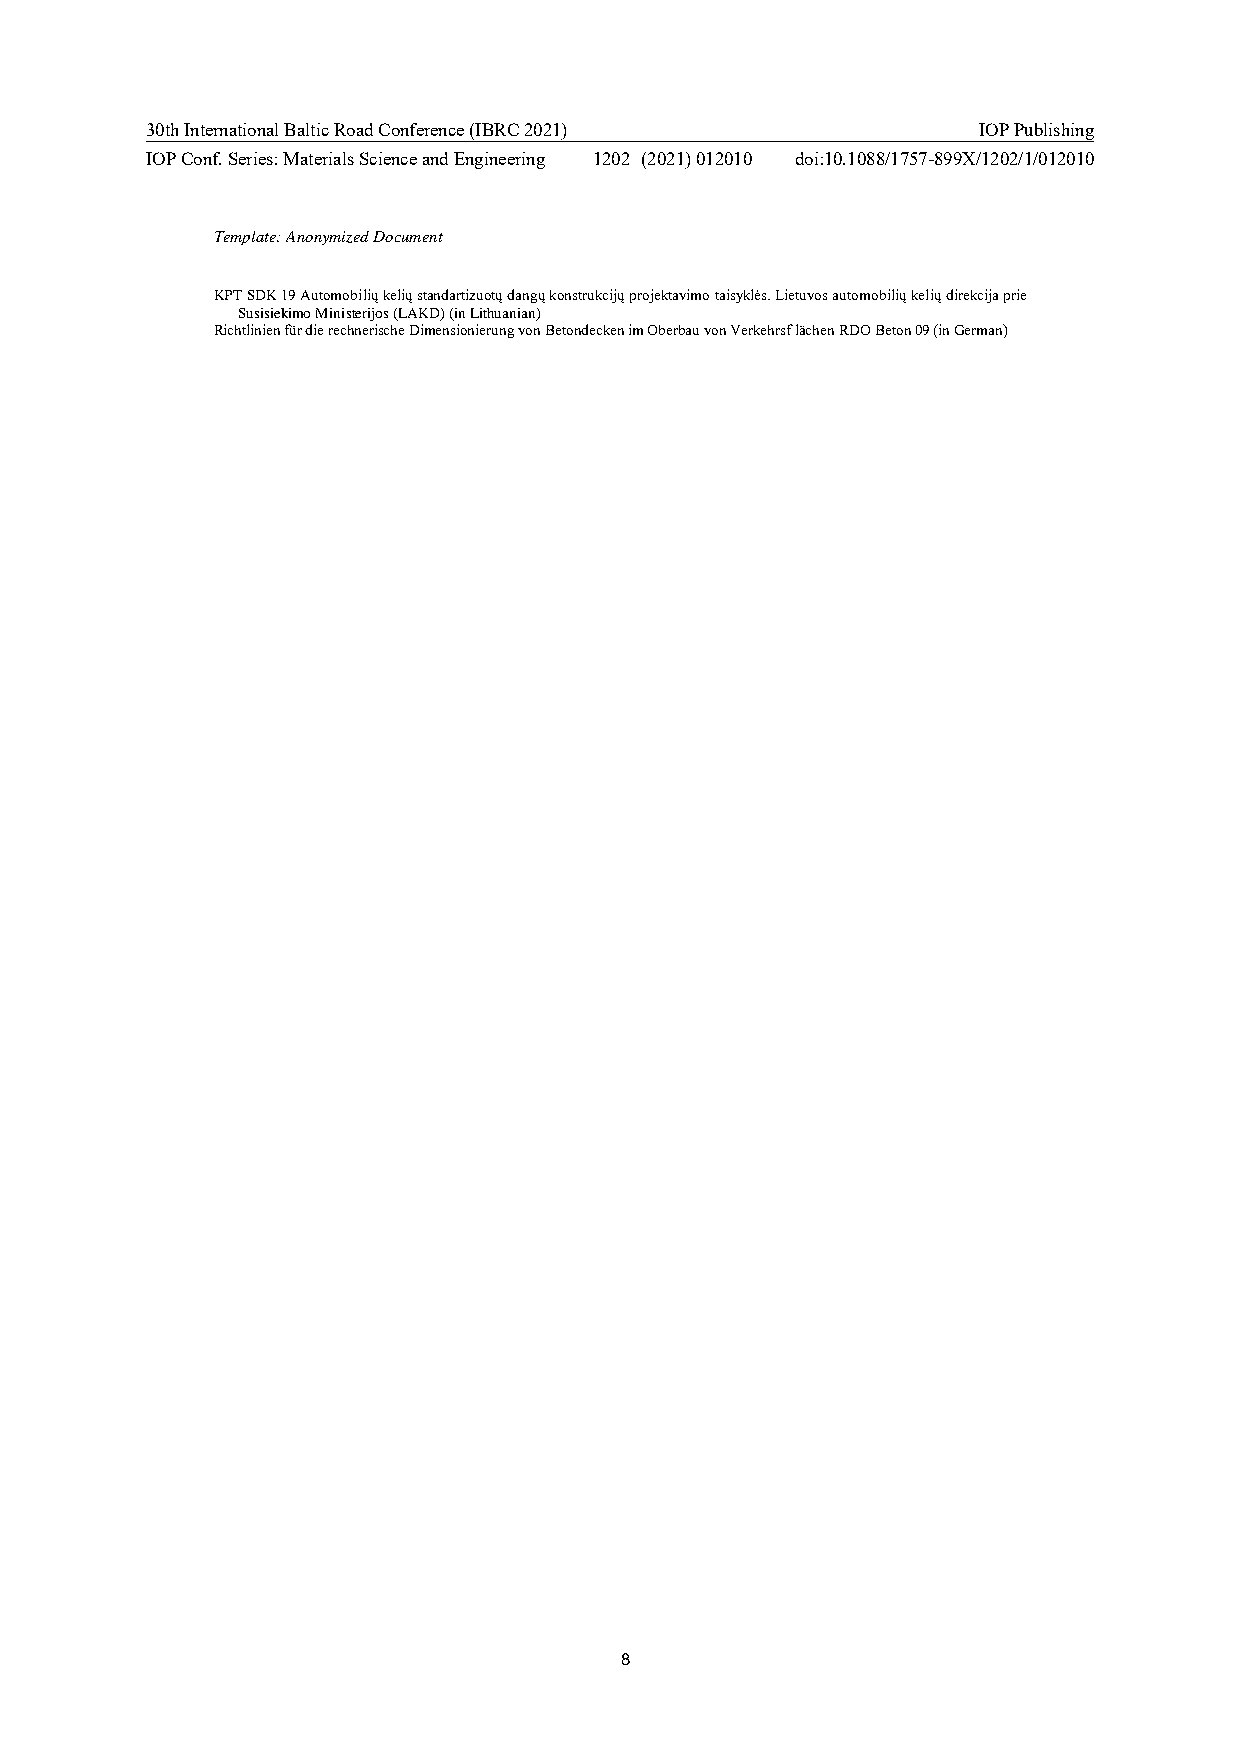
30th International Baltic Road Conference (IBRC 2021)  IOP Publishing
 IOP Conf. Series: Materials Science and Engineering 1202 (2021) 012010 doi:10.1088/1757-899X/1202/1/012010
 Template: Anonymized Document
 KPT SDK 19 Automobilių kelių standartizuotų dangų konstrukcijų projektavimo taisyklės. Lietuvos automobilių kelių direkcija prie
 Susisiekimo Ministerijos (LAKD) (in Lithuanian)
 Richtlinien für die rechnerische Dimensionierung von Betondecken im Oberbau von Verkehrsf lächen RDO Beton 09 (in German)
 8